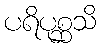
ပရိပုစ္ဆသိ